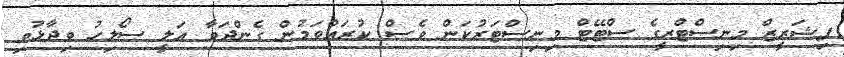
ފިޝަރީޒް މިނިސްޓްރީގެ ސްޓޭޓް މިނިސްޓަރުކަން ވެސް ކުރައްވަމުން ގެންދަވާ އަލީ ސޯލިހު ވިދާޅުވި